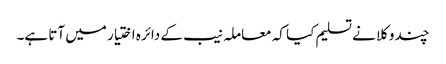
چند وکلا نے تسلیم کیا کہ معاملہ نیب کے دائرہ اختیار میں آتا ہے۔